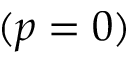
( p = 0 )